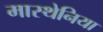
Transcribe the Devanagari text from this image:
मास्थेनिया